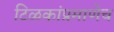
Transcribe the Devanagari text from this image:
टिळकांप्रमाणेच